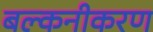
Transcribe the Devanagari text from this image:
बल्कनीकरण